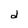
Character: d